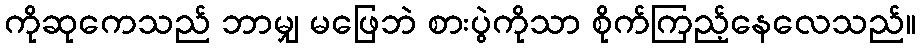
ကိုဆုကေသည် ဘာမျှ မဖြေဘဲ စားပွဲကိုသာ စိုက်ကြည့်နေလေသည်။